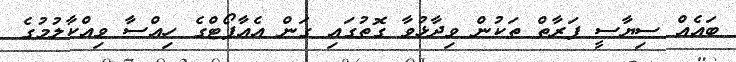
ބައެއް ސިޔާސީ ފަރާތް ތަކުން ވިދާޅުވާ ގޮތުގައި ގަން އެއާޕޯޓްގެ ހިއްސާ ވިއްކާލުމުގެ